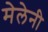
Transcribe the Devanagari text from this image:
मेलेनी